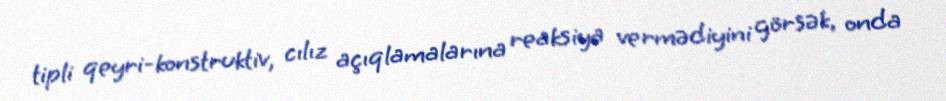
tipli qeyri-konstruktiv, cılız açıqlamalarına reaksiya vermədiyini görsək, onda